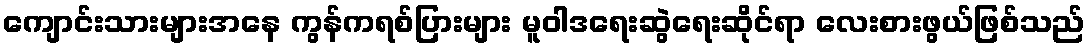
ကျောင်းသားများအနေ ကွန်ကရစ်ပြားများ မူဝါဒရေးဆွဲရေးဆိုင်ရာ လေးစားဖွယ်ဖြစ်သည်